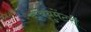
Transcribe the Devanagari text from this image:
डॉक्‍युमेंटरी